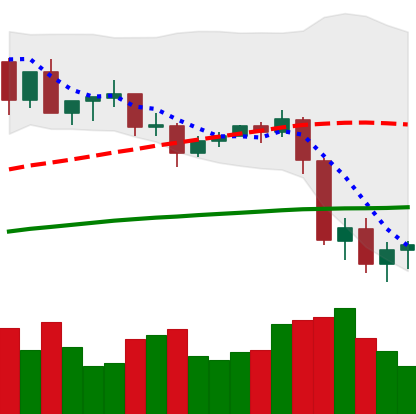
Ticker: XLM-USD
Chart end date: 2020-09-07
Forward return: 6.88%
Label: up_5_7